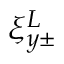
\xi _ { y \pm } ^ { L }